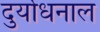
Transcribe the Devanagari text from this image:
दुर्योधनाल